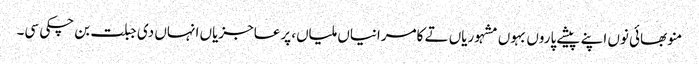
منو بھائی نوں اپنے پیشے پاروں بہوں مشہوریاں تے کامرانیاں ملیاں، پرعاجزیاں انہاں دی جبلت بن چکی سی۔